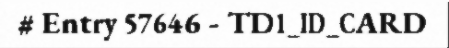
# Entry 57646 - TD1_ID_CARD